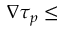
\nabla \tau _ { p } \leq